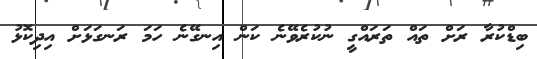
ބިޑްކުރާ ރަށް ތައް ތަރައްގީ ނުކުރެވޭނެ ކަން އިނގޭނެ ހަމަ ރަނގަޅަށް އިދިކޮޅު